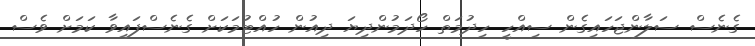
ގެނެސް ސަލާންޖަހައިގެން ސިއްހީ ހިދުމަތް ހޯދަމުންދިޔަ ދިއުން ހުއްޓުމަކަށް ގެނެސްފައިވާ ކަމަށް ވެސް